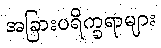
အခြားပရိက္ခရာများ